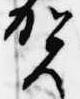
賀